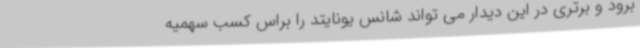
برود و برتری در این دیدار می تواند شانس یونایتد را براس کسب سهمیه